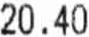
20.40